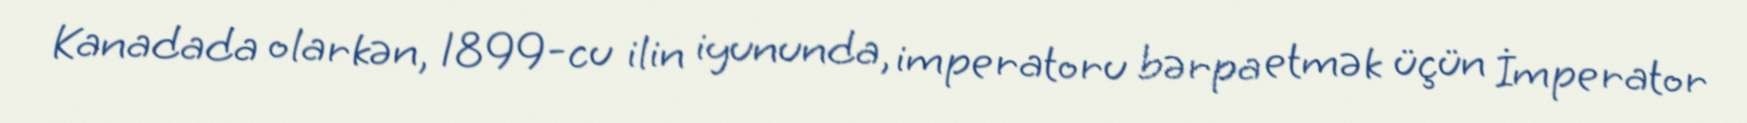
Kanadada olarkən, 1899-cu ilin iyununda, imperatoru bərpa etmək üçün İmperator